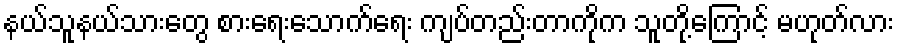
နယ်သူနယ်သားတွေ စားရေးသောက်ရေး ကျပ်တည်းတာကိုက သူတို့ကြောင့် မဟုတ်လား